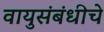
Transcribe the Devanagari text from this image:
वायुसंबंधीचे